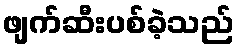
ဖျက်ဆီးပစ်ခဲ့သည်